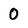
Character: 0